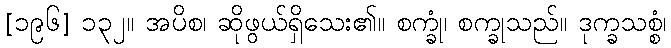
[၁၉၆] ၁၃၂။ အပိစ၊ ဆိုဖွယ်ရှိသေး၏။ စက္ခုံ၊ စက္ခုသည်။ ဒုက္ခသစ္စံ၊